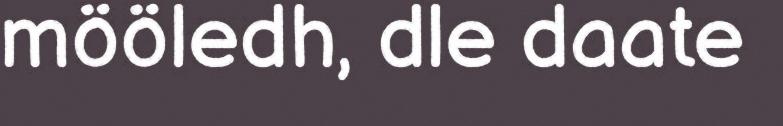
mööledh, dle daate